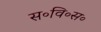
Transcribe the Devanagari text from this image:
स॰वि॰स॰